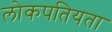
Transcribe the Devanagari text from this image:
लोकपतियता